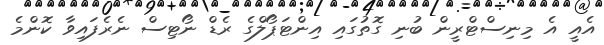
އެއީ އެ މިނިސްޓްރީން ބުނި ގޮތުގައި އިންޓަޕޯލްގެ ރެޑް ނޯޓިސް ނެރެފައިވާ ކޮންމެ